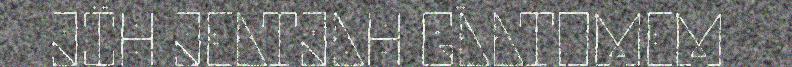
JÏH JEATJAH GÅATOMEM